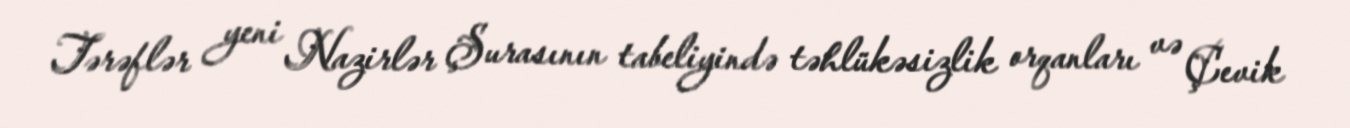
Tərəflər yeni Nazirlər Şurasının tabeliyində təhlükəsizlik orqanları və Çevik